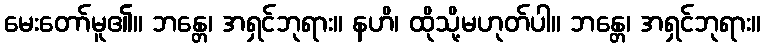
မေးတော်မူ၏။ ဘန္တေ၊ အရှင်ဘုရား။ နဟိ၊ ထိုသို့မဟုတ်ပါ။ ဘန္တေ၊ အရှင်ဘုရား။